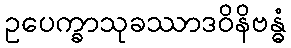
ဥပေက္ခာသုခဿာဒဝိနိဗန္ဓံ